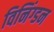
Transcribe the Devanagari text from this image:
विनिंग्डन